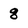
Character: 8